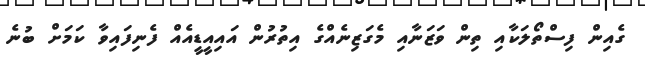
ގެއިން ފިސްތޯލަކާއި ތިން ވަޒަނާއި މެގަޒިނެއްގެ އިތުރުން އަައިއީޑީއެއް ފެނިފައިވާ ކަމަށް ބުނެ